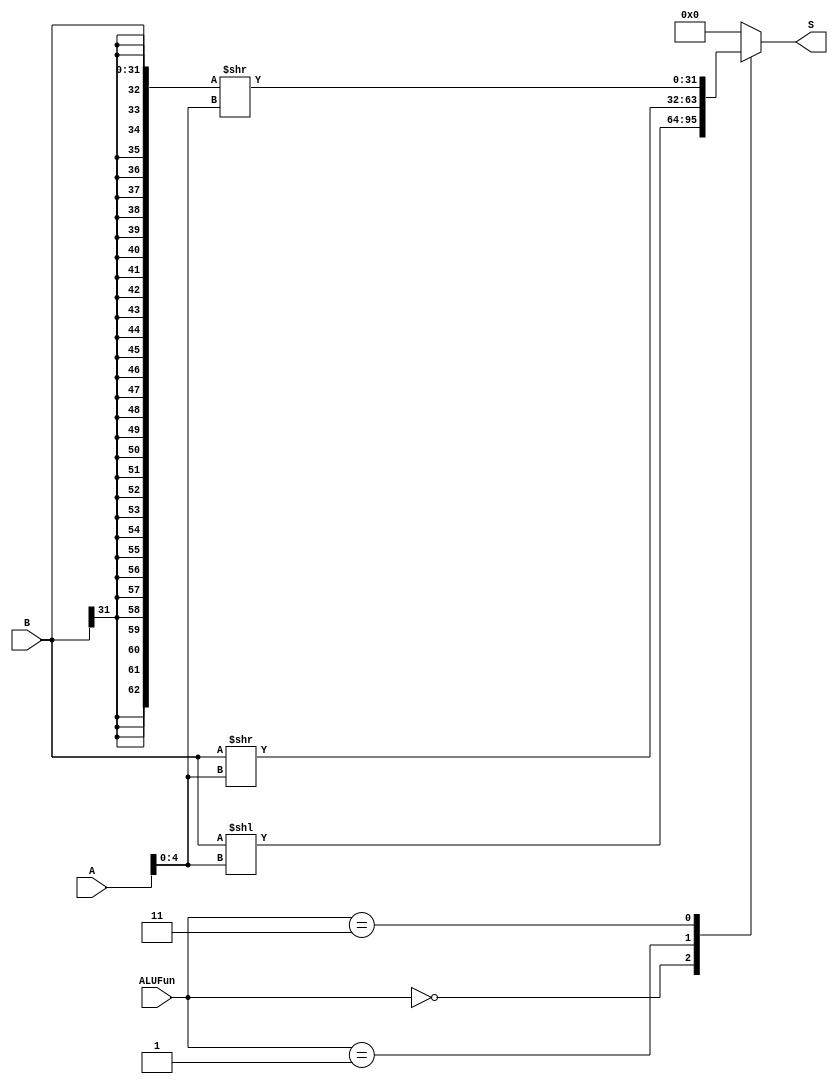
module ALU_shift(S, A, B, ALUFun);
output reg [31:0] S;
input [31:0] A,B;
input [1:0] ALUFun;

always@(*)
    case(ALUFun)
        2'b00: S <= B<<A[4:0];
        2'b01: S <= B>>A[4:0];
        2'b11: S <= {{31{B[31]}}, B}>>A[4:0];
        default: S <= 0;
    endcase
endmodule